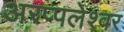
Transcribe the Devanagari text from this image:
अरप्पलेश्वर